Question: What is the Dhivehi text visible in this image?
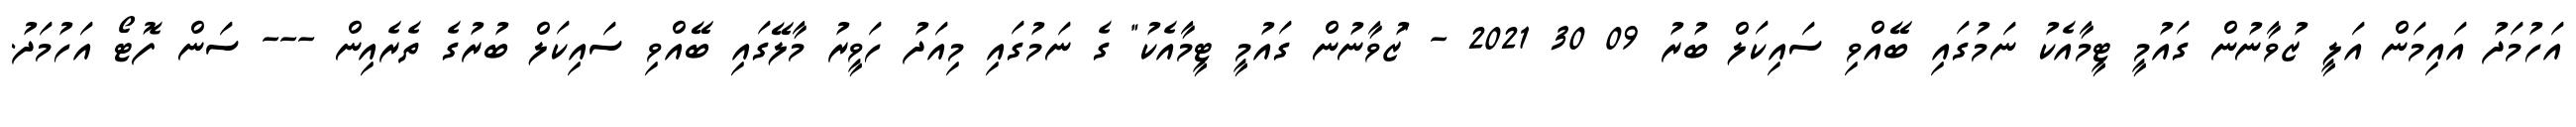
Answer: އަހުމަދު އައިމަން އަލީ ޒުވާނުން ގައުމީ ޓީމާއެކު ނަމުގައި ބޭއްވި ސައިކަލް ބުރު 09 30 2021 - "ޒުވާނުން ގައުމީ ޓީމާއެކު" ގެ ނަމުގައި މިއަދު ހަވީރު މާލޭގައި ބޭއްވި ސައިކަލް ބުރުގެ ތެރެއިން --- ސަން ފޮޓޯ އަހުމަދު.